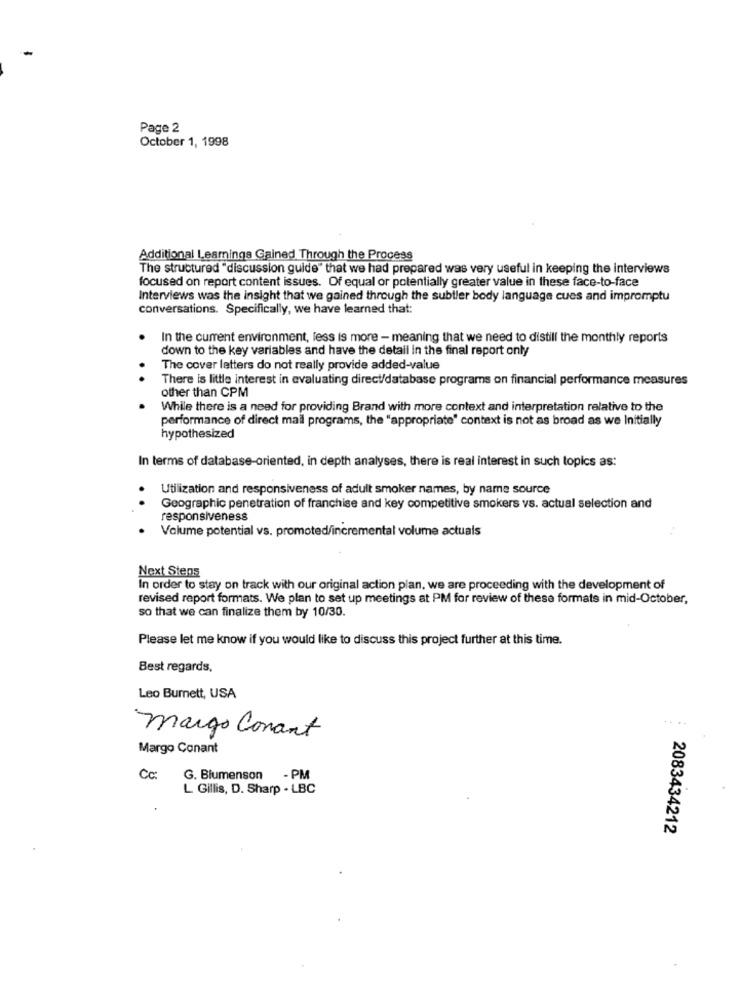
Page 2
October 1, 1998
Additional Learnings Gained Through the Process
The structured "discussion guide" that we had prepared was very useful in keeping the interviews
focused on report content issues. Of equal or potentially greater value in these face-to-face
Interviews was the insight that we gained through the subtler body language cues and impromptu
conversations. Specifically, we have learned that:
In the current environment, less is more - meaning that we need to distill the monthly reports
down to the key variables and have the detail in the final report only
The cover letters do not really provide added-value
.
There is little interest in evaluating direct/database programs on financial performance measures
other than CPM
While there is a need for providing Brand with more context and interpretation relative to the
performance of direct mail programs, the "appropriate" context is not as broad as we Initially
hypothesized
In terms of database-oriented, in depth analyses, there is real interest in such topics as:
Utilization and responsiveness of adult smoker names, by name source
Geographic penetration of franchise and key competitive smokers vs. actual selection and
responsiveness
Volume potential vs. promoted/incremental volume actuals
Next Stens
In order to stay on track with our original action plan, we are proceeding with the development of
revised report formats. We plan to set up meetings at PM for review of these formats in mid-October,
so that we can finalize them by 10/30.
Please let me know if you would like to discuss this project further at this time.
Best regards,
Leo Burnett, USA
margo Conant
Margo Conant
Cc:
G. Blumenson - PM
L Gillis, D. Sharp - LBC
2083434212